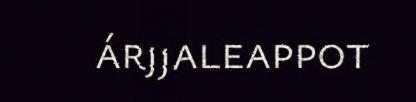
árjjaleappot